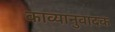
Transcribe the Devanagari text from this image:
काव्यानुवादक